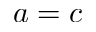
a = c